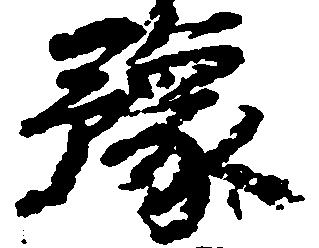
予